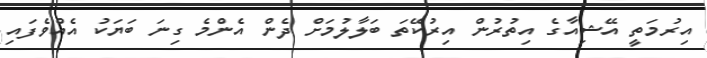
އިރުމަތީ އޭޝިއާގެ އިތުރުން އިރުކޭތަ ބަލާލުމަށް ދެން އެންމެ ގިނަ ބަޔަކު އެއްވެފައި